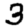
Digit: 3